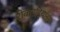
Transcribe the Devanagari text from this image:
रीबाउडियानम